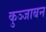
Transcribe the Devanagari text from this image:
कुञ्जाबन